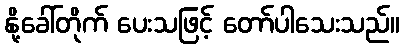
နို့ခေါ်တိုက် ပေးသဖြင့် တော်ပါသေးသည်။